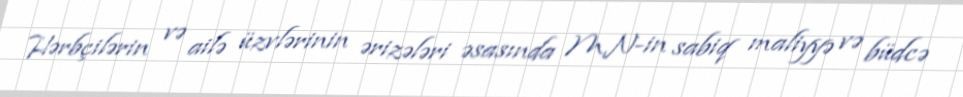
Hərbçilərin və ailə üzvlərinin ərizələri əsasında MN-in sabiq maliyyə və büdcə